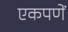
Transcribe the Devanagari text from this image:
एकपणें